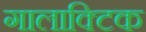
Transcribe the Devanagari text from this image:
गालाक्टिक